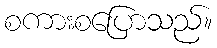
စကားစပြောသည်။